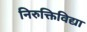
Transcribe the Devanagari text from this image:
निरुक्तिविद्या